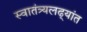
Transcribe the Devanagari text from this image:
स्वातंत्र्यलढ्यांत